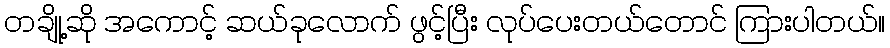
တချို့ဆို အကောင့် ဆယ်ခုလောက် ဖွင့်ပြီး လုပ်ပေးတယ်တောင် ကြားပါတယ်။